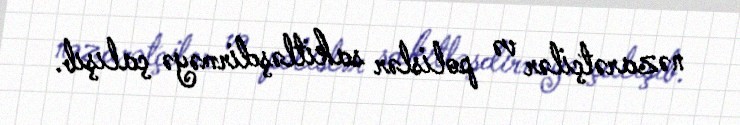
nəzarətçilər və polislər sakitləşdirməyə çalışıb.